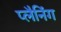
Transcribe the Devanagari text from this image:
प्‍लैनिंग